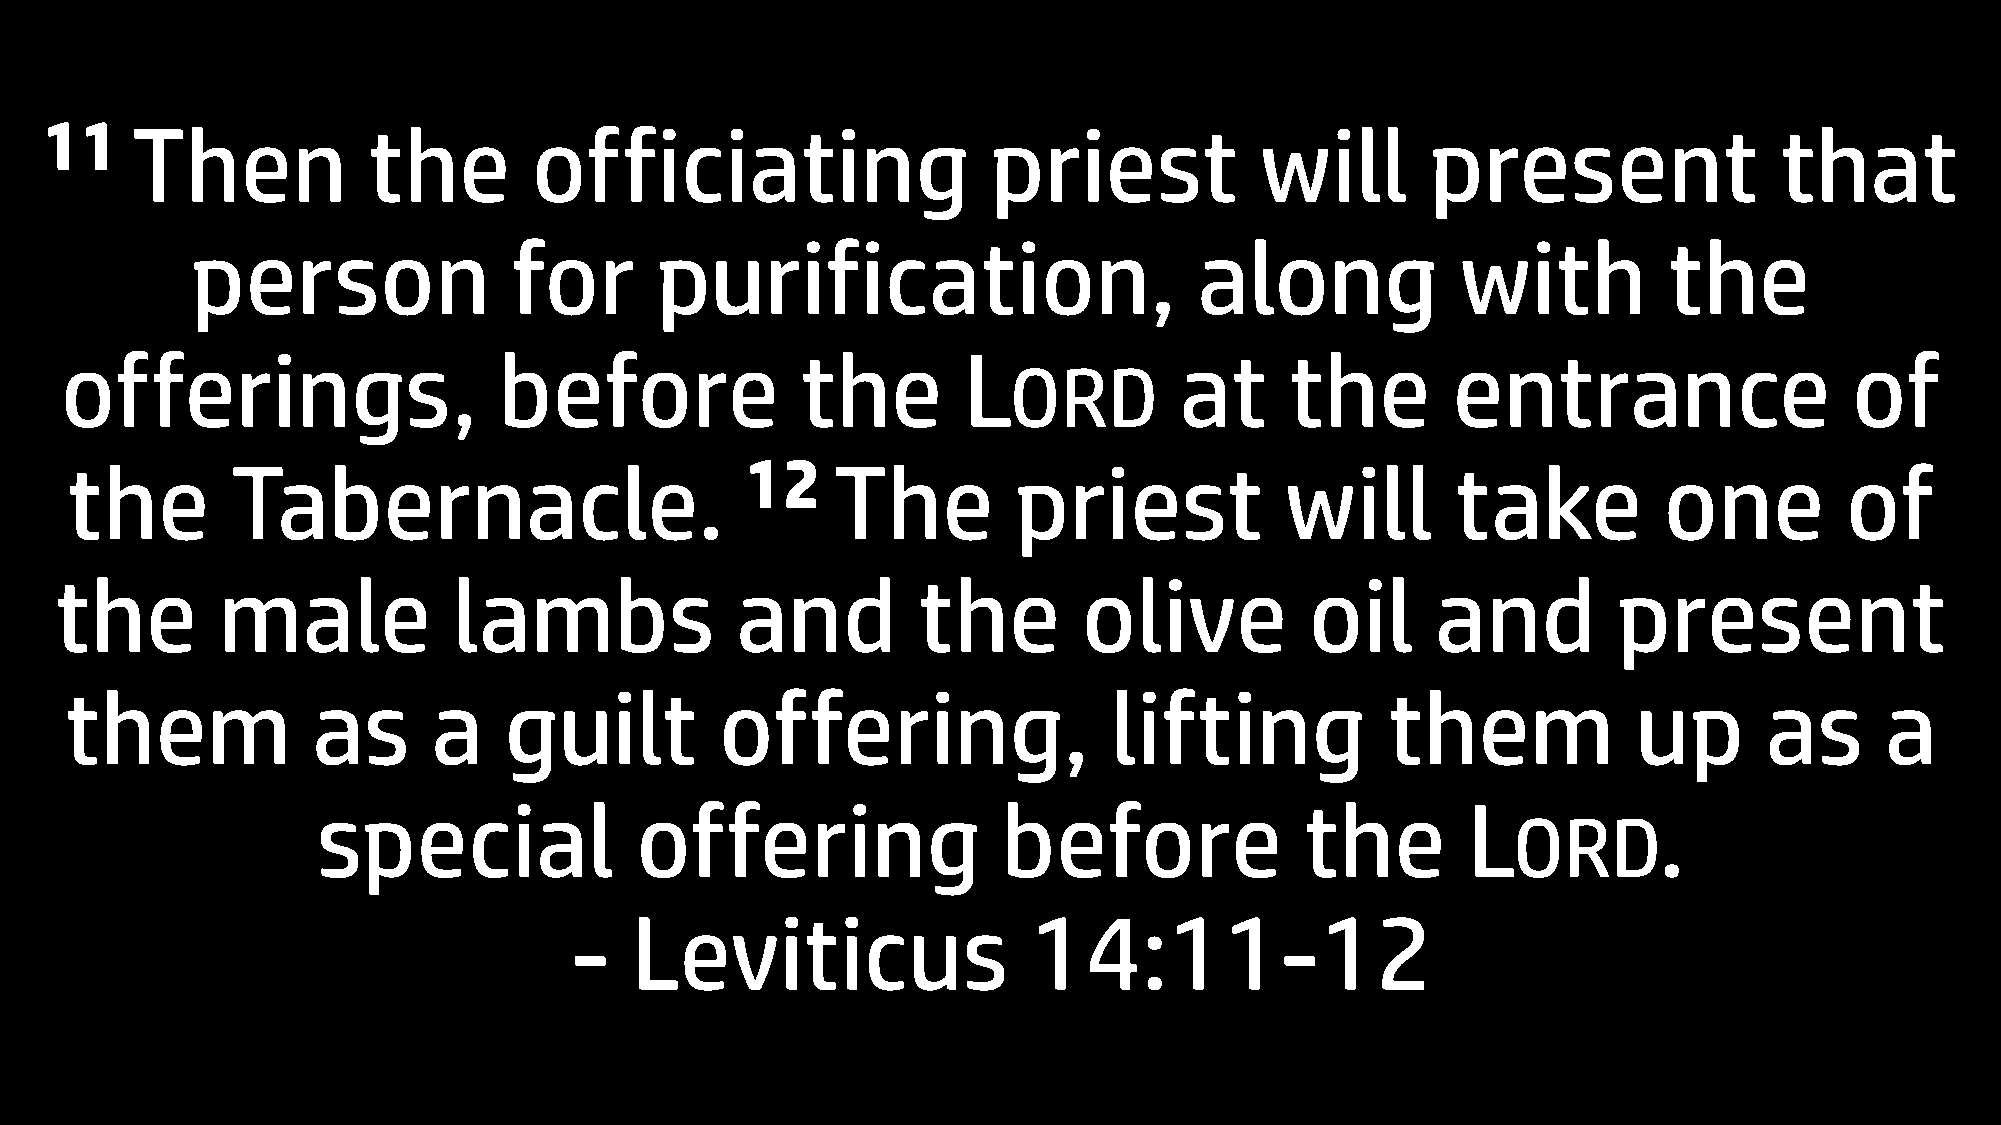
11    Then           the        officiating                    priest           will        present                that
 person               for      purification,                       along             with         the
 offerings,                   before              the        L             at     the        entrance                   of
 ORD
 the        Tabernacle.                       12    The         priest            will       take          one         of
 the       male            lambs              and         the        olive          oil     and         present
 them             as      a   guilt          offering,                lifting            them            up       as      a
 special              offering                before              the        L            .
 ORD
 -   Leviticus                 14:11-12